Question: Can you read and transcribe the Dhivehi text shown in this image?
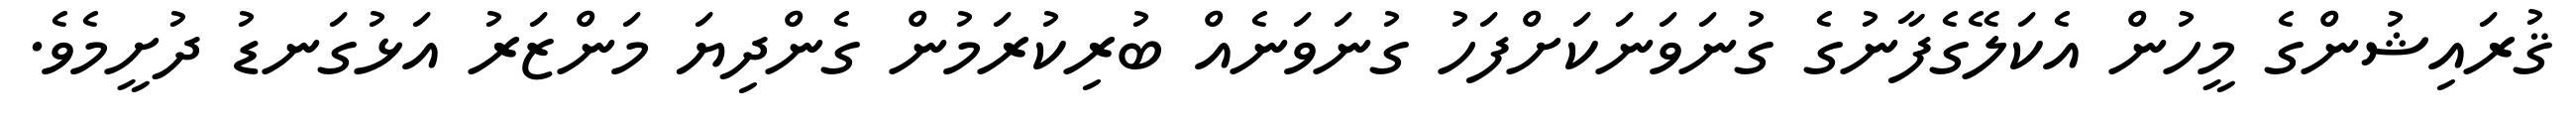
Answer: ޤުރައިޝުންގެ މީހުން އެކަލޭގެފާނުގެ ގުނަވަނަކަށްފަހު ގުނަވަނެއް ބުރިކުރަމުން ގެންދިޔަ މަންޒަރު އަޅުގަނޑު ދުށީމެވެ.